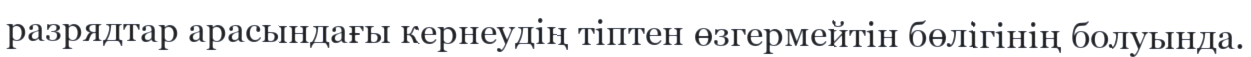
разрядтар арасындағы кернеудің тіптен өзгермейтін бөлігінің болуында.